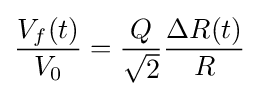
{\frac {V_{f}(t)}{V_{0}}}={\frac {Q}{\sqrt {2}}}{\frac {\Delta R(t)}{R}}